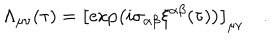
LaTeX: \Lambda _ { \mu \nu } ( \tau ) = \left[ \exp \left( i \sigma _ { \alpha \beta } \xi ^ { \alpha \beta } ( \tau ) \right) \right] _ { \mu \nu } ~ .